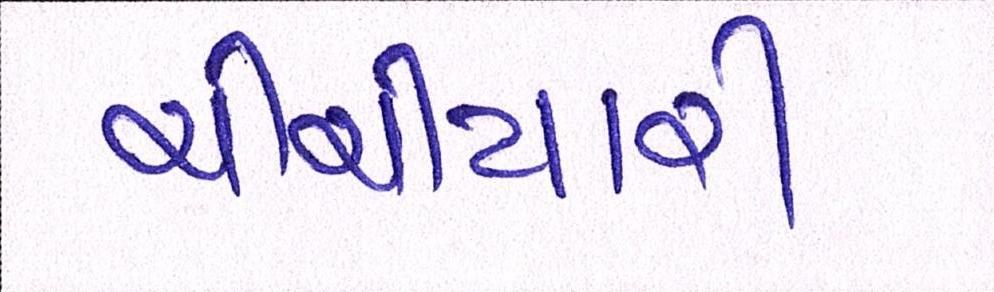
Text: ચીચીયારી